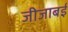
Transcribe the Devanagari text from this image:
जीजाबई